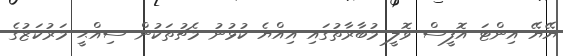
ޔޭޔޭ އިންޓަ އޮފީސް ވޮލީ މުބާރާތުގައި އިއްޔެ ކުޅުނު މެޗުތަކުން ސިއްޙީ މަރުކަޒުގެ